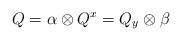
LaTeX: \begin{align*}Q =\alpha \otimes Q^x= Q_y \otimes \beta\end{align*}